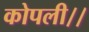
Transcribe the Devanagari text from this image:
कोपली।।